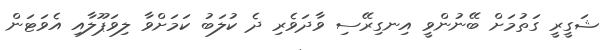
ޝަގީރީ ގަތުމަށް ބޭނުންވީ އިނގިރޭސި ވާދަވެރި ދެ ކުލަބު ކަމަށްވާ ލިވަޕޫލާއި އެވަޓަން